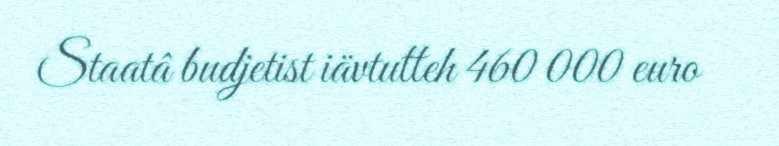
Staatâ budjetist iävtutteh 460 000 euro